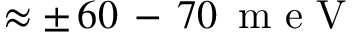
\approx \pm \, 6 0 \, - \, 7 0 \, \mathrm { ~ m ~ e ~ V ~ }